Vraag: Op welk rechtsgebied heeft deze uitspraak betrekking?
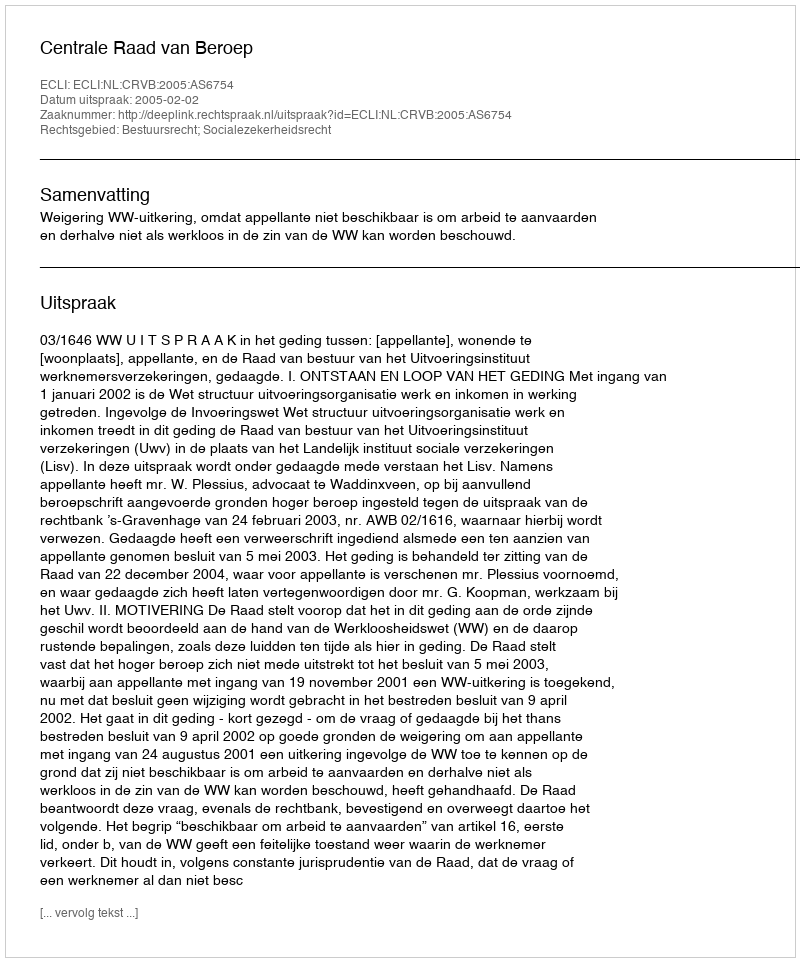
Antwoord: Bestuursrecht; Socialezekerheidsrecht